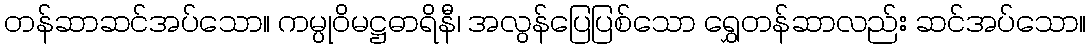
တန်ဆာဆင်အပ်သော။ ကမ္ပုဝိမဋ္ဌဓာရိနီ၊ အလွန်ပြေပြစ်သော ရွှေတန်ဆာလည်း ဆင်အပ်သော။